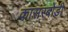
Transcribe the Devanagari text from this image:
कासरबोडी